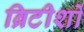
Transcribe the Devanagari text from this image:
ब्रिटीशों